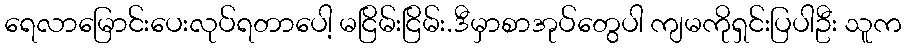
ရေလာမြောင်းပေးလုပ်ရတာပေါ့ မငြိမ်းငြိမ်း.ဒီမှာစာအုပ်တွေပါ ကျမကိုရှင်းပြပါဦး သူက